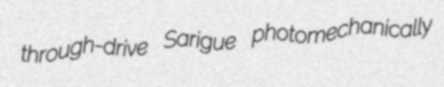
through-drive Sarigue photomechanically